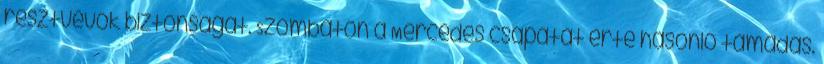
résztvevők biztonságát. Szombaton a Mercedes csapatát érte hasonló támadás.